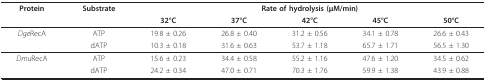
<table><thead><tr><td><b>Protein</b></td><td><b>Substrate</b></td><td colspan="5"><b>Rate of hydrolysis (μM/min)</b></td></tr><tr><td></td><td></td><td><b>32°C</b></td><td><b>37°C</b></td><td><b>42°C</b></td><td><b>45°C</b></td><td><b>50°C</b></td></tr></thead><tbody><tr><td><i>Dge</i>RecA</td><td>ATP</td><td>19.8 ± 0.26</td><td>26.8 ± 0.40</td><td>31.2 ± 0.56</td><td>34.1 ± 0.78</td><td>26.6 ± 0.43</td></tr><tr><td></td><td>dATP</td><td>10.3 ± 0.18</td><td>31.6 ± 0.63</td><td>53.7 ± 1.18</td><td>65.7 ± 1.71</td><td>56.5 ± 1.30</td></tr><tr><td><i>Dmu</i>RecA</td><td>ATP</td><td>15.6 ± 0.23</td><td>34.4 ± 0.58</td><td>55.2 ± 1.16</td><td>47.6 ± 1.20</td><td>34.5 ± 0.62</td></tr><tr><td></td><td>dATP</td><td>24.2 ± 0.34</td><td>47.0 ± 0.71</td><td>70.3 ± 1.76</td><td>59.9 ± 1.38</td><td>43.9 ± 0.88</td></tr></tbody></table>